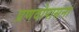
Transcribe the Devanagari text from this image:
प्रणवोपासना